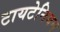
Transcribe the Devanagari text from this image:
टायटेनियम